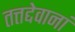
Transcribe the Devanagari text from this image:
तत्तद्देवानां